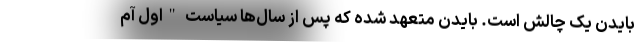
بایدن یک چالش است. بایدن متعهد شده که پس از سال‌ها سیاستِ "اول آم